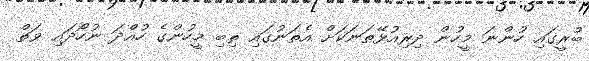
ބުރީގައި ހުންނަ މީހުން ދިރިއުޅޭތަނަކަށް އެތަނުގައި ތިބި މީހުންގެ ހުއްދަ ނުހޯދައި ވަތް